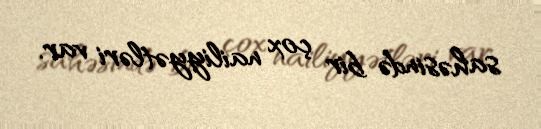
sahəsində bir çox nailiyyətləri var.